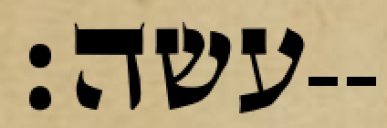
עשה׃--